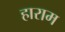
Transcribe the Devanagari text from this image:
हाराम